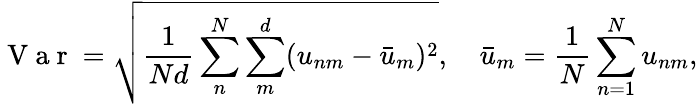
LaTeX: \mathrm{~V~a~r~}=\sqrt{\frac{1}{Nd}\sum_{n}^{N}\sum_{m}^{d}(u_{nm}-\bar{u}_{m})^{2}},\quad\bar{u}_{m}=\frac{1}{N}\sum_{n=1}^{N}u_{nm},